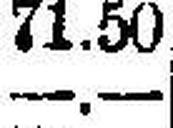
—.—